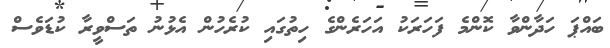
ބައްޕަ ހަދާންވާ ކޮންމެ ފަހަރަކު އަހަރެންގެ ހިތުގައި ކުރެހުން އެޅުނު ތަސްވީރާ ކުޑަވެސް